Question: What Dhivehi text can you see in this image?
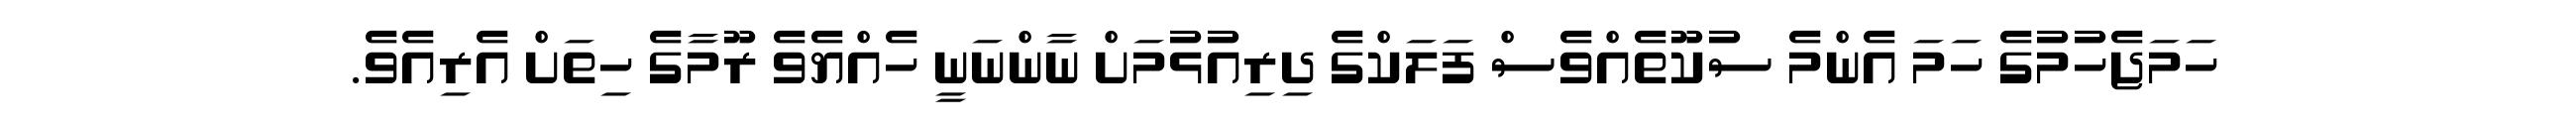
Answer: ހަމަޖެހުމުގެ ހަމަ އެންމެ ސުކޫތެއްވެސް ފަލަކްގެ ދިރިއުޅުމަށް ނާންނަނީ ހެއްޔެވެ ރޫމާގެ ހިތަށް އެރިއެވެ.